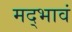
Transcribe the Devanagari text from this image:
मद्भावं